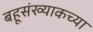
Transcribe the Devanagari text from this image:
बहूसंख्याकच्या